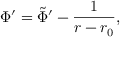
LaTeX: \Phi ^ { \prime } = \tilde { \Phi } ^ { \prime } - { \frac { 1 } { r - r _ { 0 } } } ,